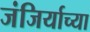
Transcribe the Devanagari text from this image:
जंजिर्याच्या